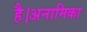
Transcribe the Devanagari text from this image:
है।अनामिका